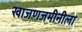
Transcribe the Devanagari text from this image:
खाजणजमीनीला